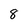
Character: 8